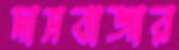
দাসবাজার